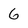
Character: 6